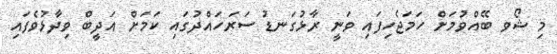
މި ޝޯވ ބޭއްވުމަށް ހަމަޖެހިފައި ވަނީ ރާޅުގަނޑު ސަރަހައްދުގައި ކަމަށް އަދީބް ވިދާޅުވެފައި